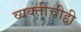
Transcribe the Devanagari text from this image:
व्यक्तीचीही